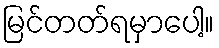
မြင်တတ်ရမှာပေါ့။